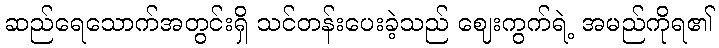
ဆည်ရေသောက်အတွင်းရှိ သင်တန်းပေးခဲ့သည် ဈေးကွက်ရဲ့ အမည်ကိုရ၏